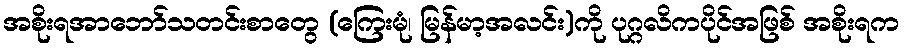
အစိုးရအာဘော်သတင်းစာတွေ (ကြေးမုံ၊ မြန်မာ့အလင်း)ကို ပုဂ္ဂလိကပိုင်အဖြစ် အစိုးရက